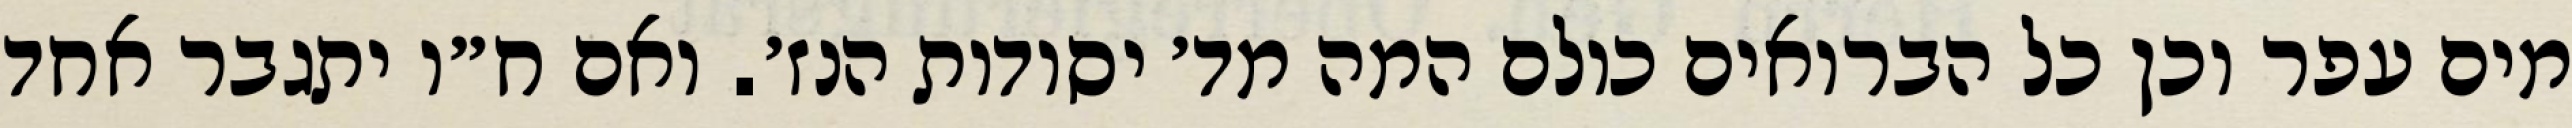
מים עפר וכן כל הברואים כולם המה מד׳ יסודות הנז׳. ואם ח״ו יתגבר אחד